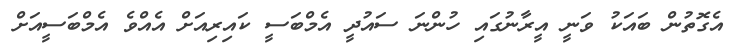
އެގޮތުން ބައަކު ވަނީ އީރާނުގައި ހުންނަ ސައުދީ އެމްބަސީ ކައިރިއަށް އެއްވެ އެމްބަސީއަށް